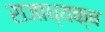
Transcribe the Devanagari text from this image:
राजाध्‍यक्ष